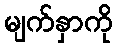
မျက်နှာကို